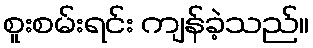
စူးစမ်းရင်း ကျန်ခဲ့သည်။